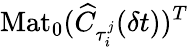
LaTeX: \mathrm{Mat}_{0}(\widehat{C}_{\tau_{i}^{j}}(\delta t))^{T}